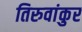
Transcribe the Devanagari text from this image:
तिरुवांकुर